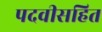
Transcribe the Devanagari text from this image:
पदवीसहित